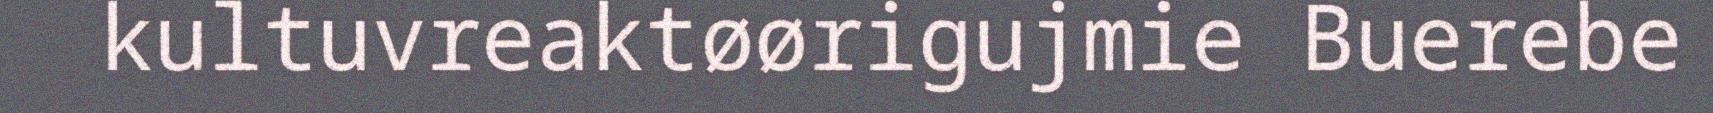
kultuvreaktøørigujmie Buerebe